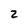
Character: 2